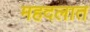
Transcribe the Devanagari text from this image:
महदलात